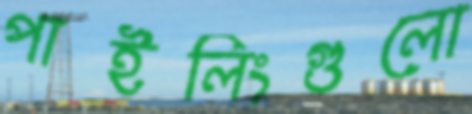
পাইলিংগুলো